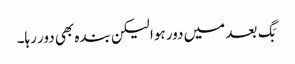
بَگ بعد میں دور ہوا لیکن بندہ بھی دور رہا۔